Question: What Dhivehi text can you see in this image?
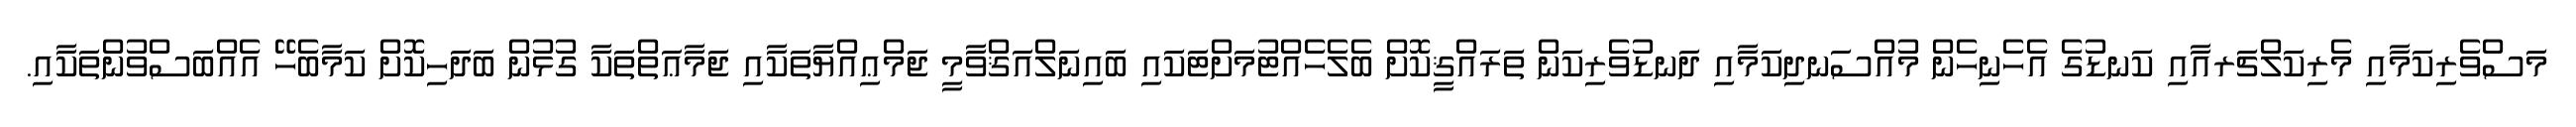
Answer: މަސްވެރިކަމާއި މެރިކަލްޗަރއާއި ކަނޑުގެ އެހެނިހެން މުއްސަނދިކަމާއި ދަނޑުވެރިކަން ތަރައްޤީކޮށް ބެލެހެއްޓުމަށްޓަކައި ބައިނަލްއަޤްވާމީ ޖަމްޢިއްޔާތަކާއި ޖަމާޢަތްތަކާ ގުޅުން ބަދަހިކޮށް ކަމާބެހޭ އެއްބަސްވުންތަކާއި.